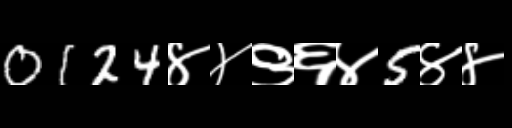
Text: 0124४४९६४5४४